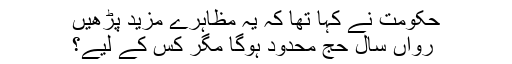
حکومت نے کہا تھا کہ یہ مظاہرے مزید پڑھیں
رواں سال حج محدود ہوگا مگر کس کے لیے؟